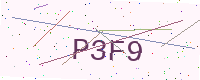
Text: P3F9